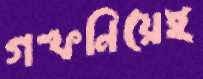
গল্পনিয়েই